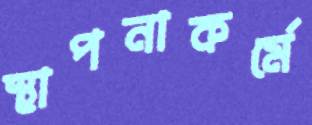
স্থাপনাকর্মে